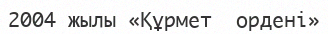
2004 жылы «Құрмет  ордені»